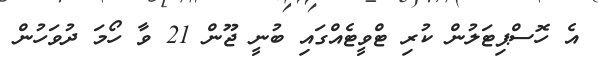
އެ ހޮސްޕިޓަލުން ކުރި ޓްވީޓެއްގައި ބުނީ ޖޫން 21 ވާ ހޯމަ ދުވަހުން